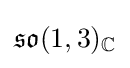
{\mathfrak {so}}(1,3)_{\mathbb {C} }